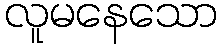
လူမနေသော